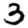
Digit: 3